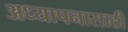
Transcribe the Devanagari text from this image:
अध्यापनासाठी